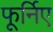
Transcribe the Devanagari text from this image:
फूर्निए